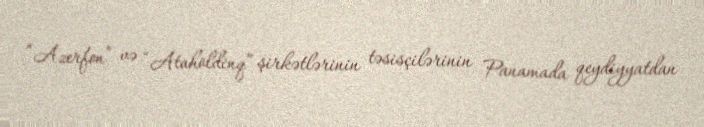
“Azerfon” və “Ataholdinq” şirkətlərinin təsisçilərinin Panamada qeydiyyatdan